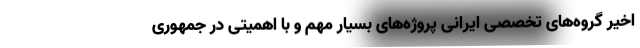
اخیر گروه‌های تخصصی ایرانی پروژه‌های بسیار مهم و با اهمیتی در جمهوری